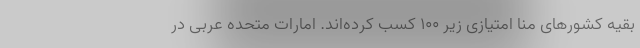
بقیه کشورهای منا امتیازی زیر 100 کسب کرده‌اند. امارات متحده عربی در